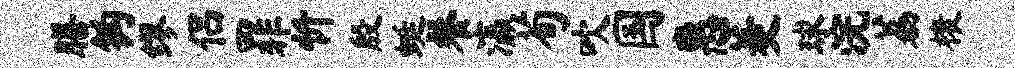
膳钩缪侣罪忻殷蜓餐瀛荀吹国惠菱球浣荔榱